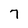
Character: 7